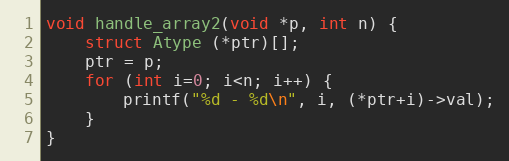
Language: C
void handle_array2(void *p, int n) {
	struct Atype (*ptr)[];
	ptr = p;
	for (int i=0; i<n; i++) {
		printf("%d - %d\n", i, (*ptr+i)->val);
	}
}